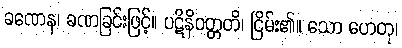
ခဏေန၊ ခဏခြင်းဖြင့်။ ပဋိနိဝတ္တတိ၊ ငြိမ်း၏။ သော ဟေတု၊